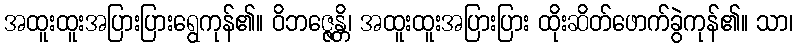
အထူးထူးအပြားပြားရွေကုန်၏။ ဝိဘဇ္ဇေန္တိ၊ အထူးထူးအပြားပြား ထိုးဆိတ်ဖောက်ခွဲကုန်၏။ သာ၊